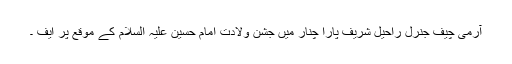
آرمی چیف جنرل راحیل شریف پارا چنار میں جشن ولادت امام حسین علیہ السلام کے موقع پر ایف ۔